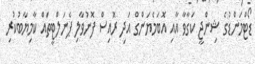
ޑޯޓްމަންޑުގެ ޝިންޖީ ކަގާވާ އާއި އޮބަމެޔަންގް އަދި ރޮއިސް ފޮނުވާލި ޕެނަލްޓީތައް ކާމިޔާބުކުރި